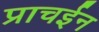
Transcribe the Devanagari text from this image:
प्राचईन